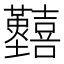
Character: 𡆐